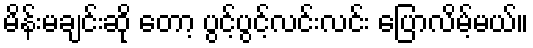
မိန်းမချင်းဆို တော့ ပွင့်ပွင့်လင်းလင်း ပြောလိမ့်မယ်။